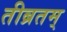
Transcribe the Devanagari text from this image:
तीब्रतम्